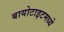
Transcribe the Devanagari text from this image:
बायोटाइटमध्ये